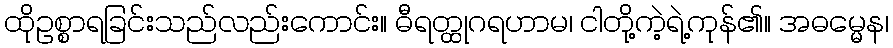
ထိုဥစ္စာရခြင်းသည်လည်းကောင်း။ ဓီရတ္ထုဂရဟာမ၊ ငါတို့ကဲ့ရဲ့ကုန်၏။ အဓမ္မေန၊